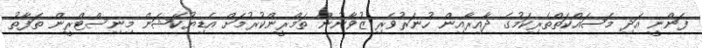
ފަންނީ އަދި މަސައްކަތްތެރިކަމުގެ ދާއިރާއިން ހުނަރުވެރި ޒުވާނުން ތަމްރީންކުރުމަށް އެޑިޔުކޭޝަން މިނިސްޓްރީން ތަފާތު